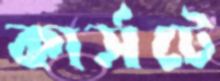
কার্সটে